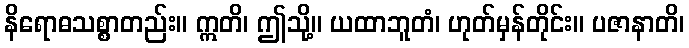
နိရောဓသစ္စာတည်း။ ဣတိ၊ ဤသို့။ ယထာဘူတံ၊ ဟုတ်မှန်တိုင်း။ ပဇာနာတိ၊